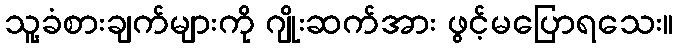
သူ့ခံစားချက်များကို ဂျိုးဆက်အား ဖွင့်မပြောရသေး။